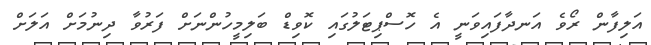
އަލިފާން ރޯވެ އަނދާފައިވަނީ އެ ހޮސްޕިޓަލުގައި ކޮވިޑް ބަލިމީހުންނަށް ފަރުވާ ދިނުމަށް އަލަށް